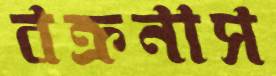
বক্রনাস